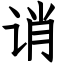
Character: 诮